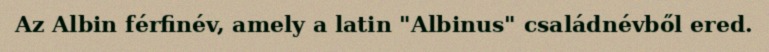
Az Albin férfinév, amely a latin "Albinus" családnévből ered.